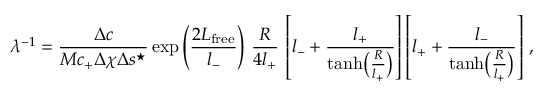
\lambda ^ { - 1 } = \frac { \Delta c } { M c _ { + } \Delta \chi \Delta s ^ { \star } } \exp \left( \frac { 2 L _ { \mathrm { f r e e } } } { l _ { - } } \right) \, \frac { R } { 4 l _ { + } } \, \left[ l _ { - } + \frac { l _ { + } } { \operatorname { t a n h } \bigl ( \frac { R } { l _ { + } } \bigr ) } \right] \left[ l _ { + } + \frac { l _ { - } } { \operatorname { t a n h } \bigl ( \frac { R } { l _ { + } } \bigr ) } \right] \, ,